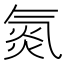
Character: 氮